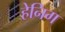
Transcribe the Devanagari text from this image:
हेनिग